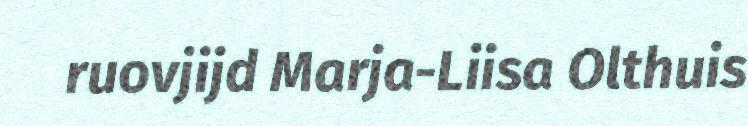
ruovjijd Marja-Liisa Olthuis